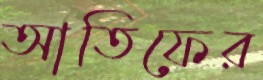
আতিফের